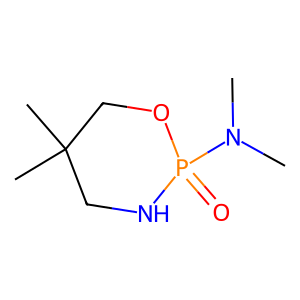
SMILES: CN(C)P1(=O)NCC(C)(C)CO1
Inhibits HIV replication: No